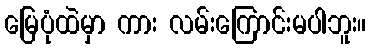
မြေပုံထဲမှာ ကား လမ်းကြောင်းမပါဘူး။